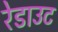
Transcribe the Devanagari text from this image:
रेडाउट